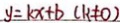
y = k x + b ( k \neq 0 )